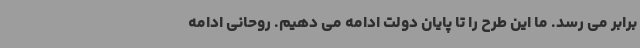
برابر می رسد. ما این طرح را تا پایان دولت ادامه می دهیم. روحانی ادامه